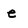
Character: e